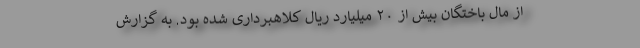
از مال باختگان بیش از ۲۰ میلیارد ریال کلاهبرداری شده بود. به گزارش